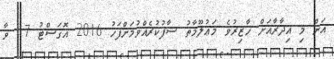
އަށް މި އިދާރާއަށް ހާޒިރުވެ މަޢުލޫމާތު ސާފުކުރެއްވުމަށްފަހު 2016 އޮގަސްޓު 17 ވާ